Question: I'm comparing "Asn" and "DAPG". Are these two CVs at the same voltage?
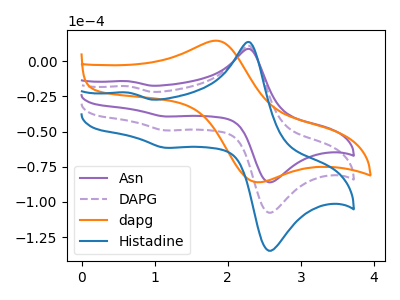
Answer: <think>The purple curve "Asn" has anodic peaks at (2.30V, 8.55uA) (0.65V, -14.35uA) and cathodic peaks at (2.60V, -85.45uA) (1.15V, -39.35uA). The purple dashed curve "DAPG" has anodic peaks at (2.30V, 10.70uA) (0.65V, -17.90uA) and cathodic peaks at (2.60V, -106.90uA) (1.15V, -49.20uA). The orange curve "dapg" has an anodic peak at (1.85V, 14.50uA) and a cathodic peak at (2.35V, -85.65uA). The blue curve "Histadine" has anodic peaks at (2.30V, 21.40uA) (0.65V, -35.85uA) and cathodic peaks at (2.60V, -213.75uA) (1.15V, -98.45uA).
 All the peaks in "Asn" have a peak in "DAPG" at the same potential.</think>
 <answer>"Asn" and "DAPG" are similar in shape.</answer>
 <eval>same_shape</eval>